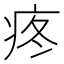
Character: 疼